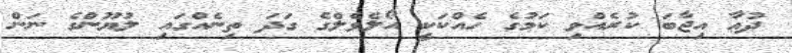
ދުޢާ އިޖާބަ ކުރެއްވި ކަމުގެ ހެއްކަކީ އޯލެވެލްގެ ގަދަ ތިނެއްގައި ލުޔޫންގެ ނަން